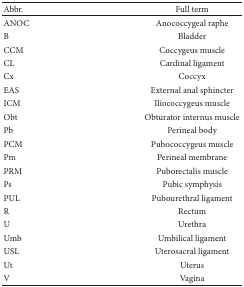
| Abbr. | Full term |
 | --- | --- |
 | ANOC | Anococcygeal raphe |
 | B | Bladder |
 | CCM | Coccygeus muscle |
 | CL | Cardinal ligament |
 | Cx | Coccyx |
 | EAS | External anal sphincter |
 | ICM | Iliococcygeus muscle |
 | Obt | Obturator internus muscle |
 | Pb | Perineal body |
 | PCM | Pubococcygeus muscle |
 | Pm | Perineal membrane |
 | PRM | Puborectalis muscle |
 | Ps | Pubic symphysis |
 | PUL | Pubourethral ligament |
 | R | Rectum |
 | U | Urethra |
 | Umb | Umbilical ligament |
 | USL | Uterosacral ligament |
 | Ut | Uterus |
 | V | Vagina |